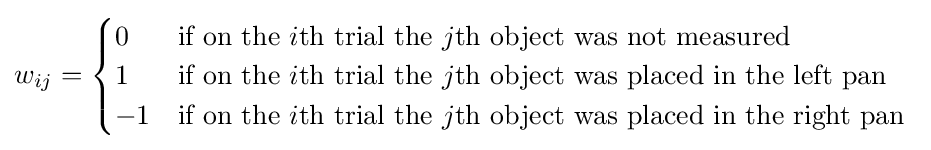
w_{ij}={\begin{cases}0&{\text{if on the }}i{\text{th trial the }}j{\text{th object was not measured}}\\1&{\text{if on the }}i{\text{th trial the }}j{\text{th object was placed in the left pan}}\\-1&{\text{if on the }}i{\text{th trial the }}j{\text{th object was placed in the right pan }}\\\end{cases}}